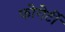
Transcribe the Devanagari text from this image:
फोगेर्टी